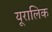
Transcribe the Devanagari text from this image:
यूरालिक